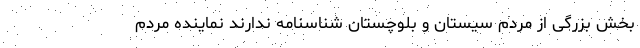
بخش بزرگی از مردم سیستان و بلوچستان ‌شناسنامه‌ ندارند نماینده مردم